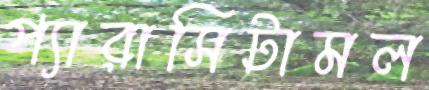
প্যারাসিটামল